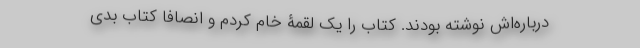
درباره‌اش نوشته بودند. کتاب را یک لقمۀ خام کردم و انصافاً کتاب بدی